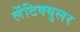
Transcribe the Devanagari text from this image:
लेंटिक्युलर